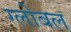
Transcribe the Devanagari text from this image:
ग्लोबल